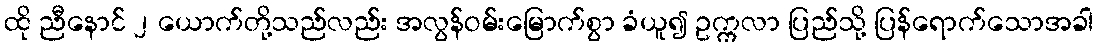
ထို ညီနောင် ၂ ယောက်တို့သည်လည်း အလွန်ဝမ်းမြောက်စွာ ခံယူ၍ ဥက္ကလာ ပြည်သို့ ပြန်ရောက်သောအခါ